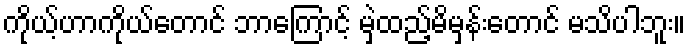
ကိုယ့်ဟာကိုယ်တောင် ဘာကြောင့် မှဲ့ထည့်မိမှန်းတောင် မသိပါဘူး။